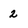
Character: 2